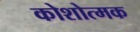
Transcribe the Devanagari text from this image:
कोशोत्मक